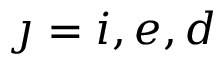
\jmath = i , e , d